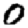
Digit: 0